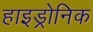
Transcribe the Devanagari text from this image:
हाइड्रोनिक